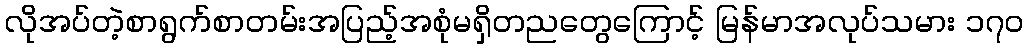
လိုအပ်တဲ့စာရွက်စာတမ်းအပြည့်အစုံမရှိတညတွေကြောင့် မြန်မာအလုပ်သမား ၁၇၀